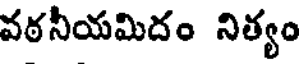
వఠనీయమిదం నిత్యం